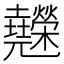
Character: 𰋇